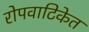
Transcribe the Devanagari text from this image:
रोपवाटिकेत